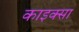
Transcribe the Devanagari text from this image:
काइक्सा